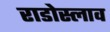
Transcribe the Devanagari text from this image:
राडोस्लाव